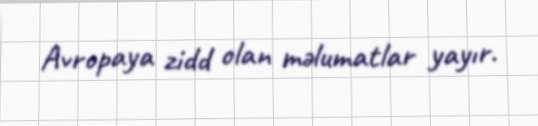
Avropaya zidd olan məlumatlar yayır.